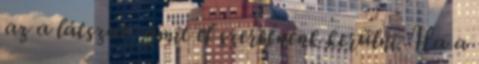
az a látszat, amit el szeretnénk kerülni. Ha a